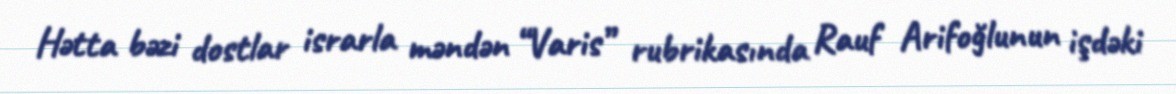
Hətta bəzi dostlar israrla məndən “Varis” rubrikasında Rauf Arifoğlunun işdəki